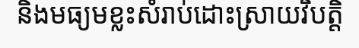
និងមធ្យមខ្លះសំរាប់ដោះស្រាយវិបត្តិ